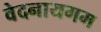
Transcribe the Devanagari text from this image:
वेदनायगम